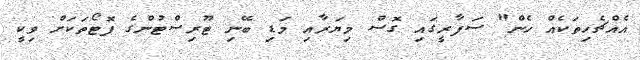
އެއްޗެހިތަކެއް ހެން" ސަފާރީގައި ގޮސް މިޔަރާއި މަޑި ބޭނި ޓޫރިސްޓުންގެ ފޮޓޯތަކަށް ވިކީ